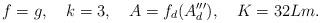
LaTeX: \begin{align*}f=g , \,\,\,\,\,\, k=3, \,\,\,\,\,\, A=f_d(A_d'''), \,\,\,\,\,\, K=32Lm.\end{align*}